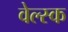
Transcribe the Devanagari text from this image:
वेल्स्क